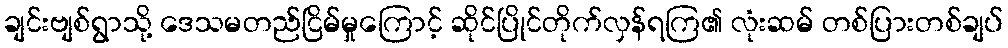
ချင်းဗျစ်ရွာသို့ ဒေသမတည်ငြိမ်မှုကြောင့် ဆိုင်ပြိုင်တိုက်လှန်ရကြ၏ လုံးဆမ် တစ်ပြားတစ်ချပ်